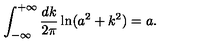
\int _ { - \infty } ^ { + \infty } \frac { d k } { 2 \pi } \ln ( a ^ { 2 } + k ^ { 2 } ) = a { . }